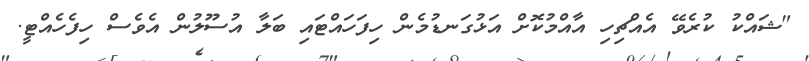
"ޝައްކު ކުރެވޭ އެއްޗިހި އާއްމުކޮށް އަޅުގަނޑުމެން ހިފަހައްޓައި ބަލާ އުސޫލުން އެވެސް ހިފެހެއްޓީ.